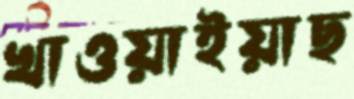
খাওয়াইয়াছ